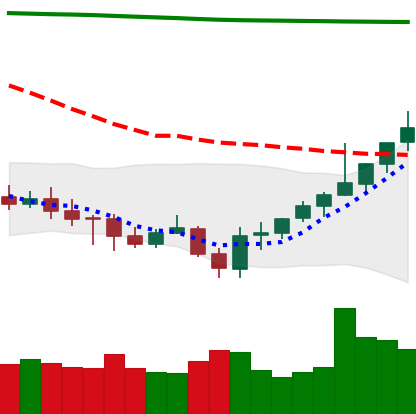
Ticker: XMR-USD
Chart end date: 2021-07-29
Forward return: -6.647%
Label: down_5_7